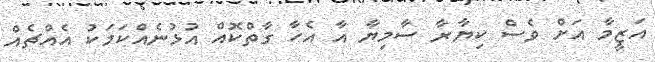
އަޒީމާ އަށް ވެސް ކިޔާރާ ސާމިޔާ އާ އެހާ ގާތްކޮއް އުޅުނެއްކަމަކު އެއްޗެއް